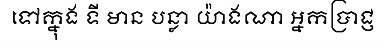
ទៅក្នុង ទី មាន បន្លា យ៉ាងណា អ្នកប្រាជ្ញ